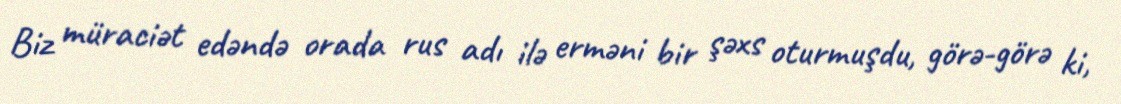
Biz müraciət edəndə orada rus adı ilə erməni bir şəxs oturmuşdu, görə-görə ki,